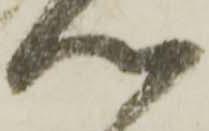
心